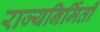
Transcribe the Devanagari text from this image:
राज्यनिर्मिती